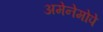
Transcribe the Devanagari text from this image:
अमेनेमोपे